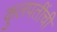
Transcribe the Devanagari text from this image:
कुलपतींची